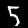
Digit: 5